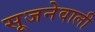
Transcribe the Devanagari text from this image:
सूजनेवाली